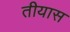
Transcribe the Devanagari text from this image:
तीयास